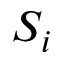
S _ { i }